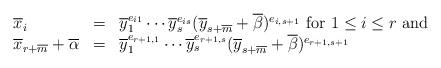
LaTeX: \begin{align*}\begin{array}{lll}\overline x_i&=& \overline y_1^{e_{i1}}\cdots \overline y_s^{e_{is}}(\overline y_{s+\overline m}+\overline \beta)^{e_{i,s+1}}\mbox{ for $1\le i\le r$ and}\\\overline x_{r+\overline m}+\overline \alpha&=& \overline y_1^{e_{r+1,1}}\cdots \overline y_s^{e_{r+1,s}}(\overline y_{s+\overline m}+\overline\beta)^{e_{r+1,s+1}}\end{array}\end{align*}